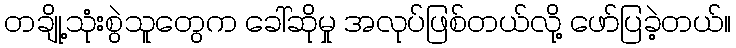
တချို့သုံးစွဲသူတွေက ခေါ်ဆိုမှု အလုပ်ဖြစ်တယ်လို့ ဖော်ပြခဲ့တယ်။